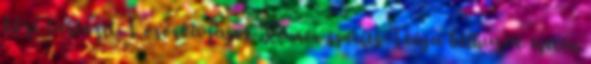
közé tartozik. Lósóska fajok Rumex species Teája bélhurut esetén